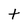
Character: t